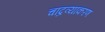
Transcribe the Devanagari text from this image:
चांद्रव्याकरण